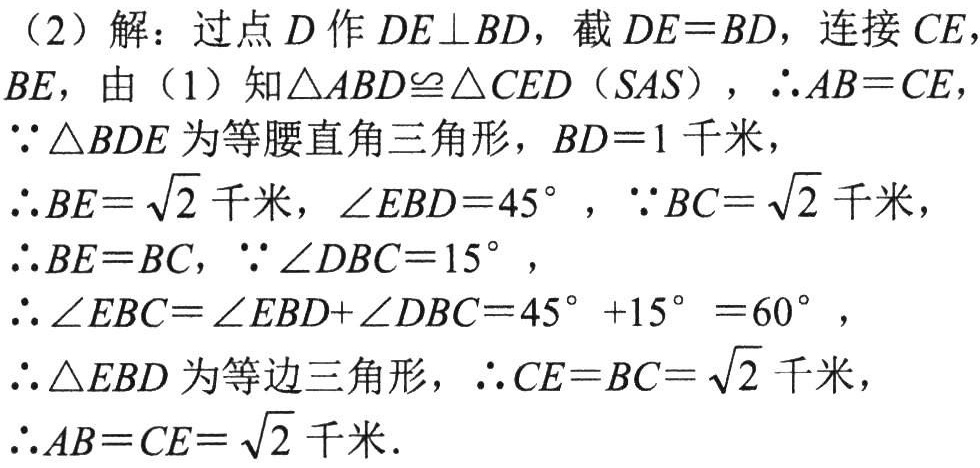
（2）解：过点\(D\)作\(DE\perp BD\)，截\(DE = BD\)，连接\(CE\)，\(BE\)，由（1）知\(\triangle ABD\cong\triangle CED(SAS)\)，\(\therefore AB = CE\)，

\(\because\triangle BDE\)为等腰直角三角形，\(BD = 1\)千米，

\(\therefore BE=\sqrt{2}\)千米，\(\angle EBD = 45^{\circ}\)，\(\because BC=\sqrt{2}\)千米，

\(\therefore BE = BC\)，\(\because\angle DBC = 15^{\circ}\)，

\(\therefore\angle EBC=\angle EBD+\angle DBC = 45^{\circ}+15^{\circ}=60^{\circ}\)，

\(\therefore\triangle EBC\)为等边三角形，\(\therefore CE = BC=\sqrt{2}\)千米，

\(\therefore AB = CE=\sqrt{2}\)千米．